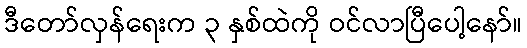
ဒီတော်လှန်ရေးက ၃ နှစ်ထဲကို ဝင်လာပြီပေါ့နော်။